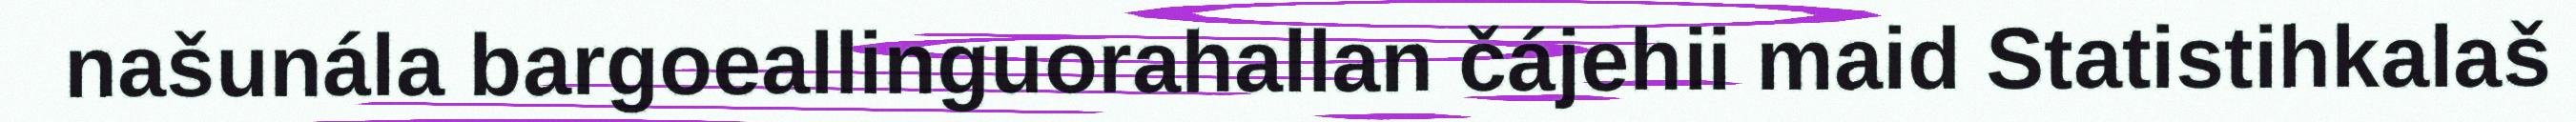
našunála bargoeallinguorahallan čájehii maid Statistihkalaš